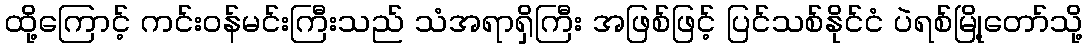
ထို့ကြောင့် ကင်းဝန်မင်းကြီးသည် သံအရာရှိကြီး အဖြစ်ဖြင့် ပြင်သစ်နိုင်ငံ ပဲရစ်မြို့တော်သို့